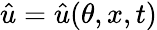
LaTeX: \hat{u}=\hat{u}(\theta,x,t)